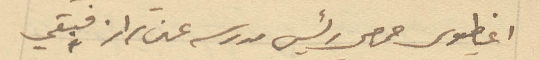
اغطيوس حمصي رئيس مدرسه عين تراز فبقي